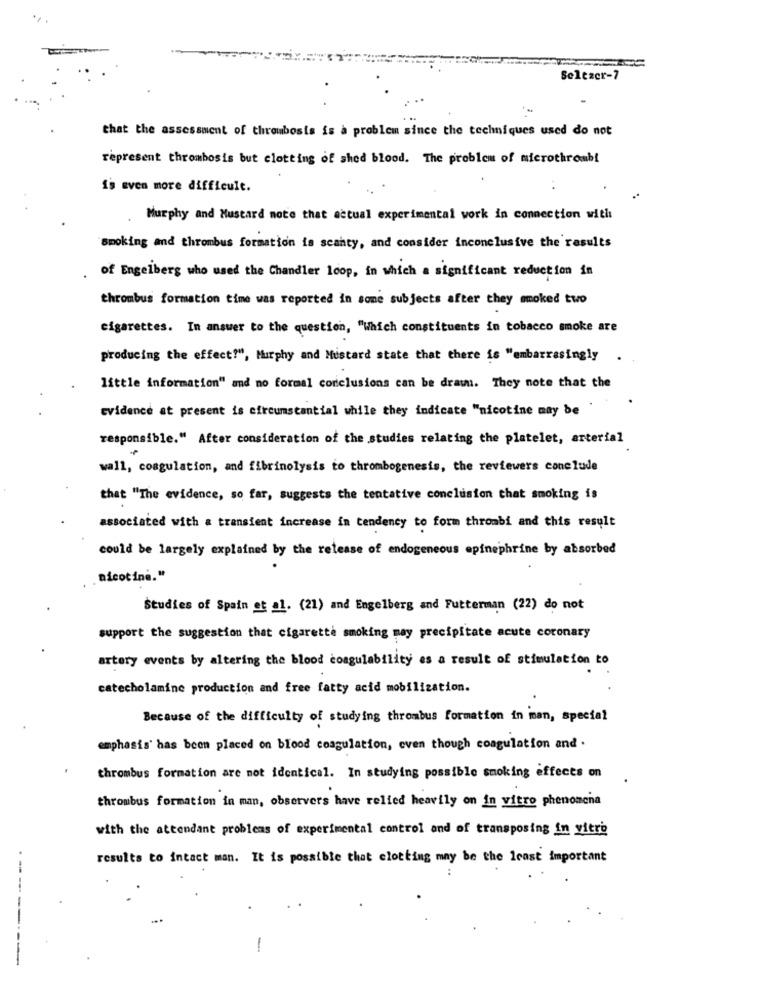
Selezer-7
that the assessment of thrombosis is a problem since the techniques used do not
represent thrombosis but clotting of shed blood. The problem of microthroubi
is even more difficult.
Murphy and Mustard note that actual experimental work in connection with
smoking and thrombus formation is scanty, and consider inconclusive the results
of Engelberg who used the Chandler loop, in which a significant reduction in
thrombus formation time was reported in some subjects after they smoked two
cigarettes. In answer to the question, "Which constituents in tobacco smoke are
producing the effect?", Murphy and Mustard state that there is "embarrasingly
little information" and no formal conclusions can be drawn. They note that the
evidence at present is circumstantial while they indicate "nicotine may be
responsible." After consideration of the studies relating the platelet, arterial
wall, coagulation, and fibrinolysis to thrombogenesis, the reviewers conclude
that "The evidence, so far, suggests the tentative conclusion that smoking is
associated with a transient increase in tendency to form thrombi and this result
could be largely explained by the release of endogeneous epinephrine by absorbed
nicotine."
Studies of Spain et al. (21) and Engelberg and Futterman (22) do not
support the suggestion that cigarette smoking may precipitate acute coronary
artery events by altering the blood coagulability es a result of stimulation to
catecholamine production and free fatty acid mobilization.
Because of the difficulty of studying thrombus formation in mman, special
emphasis has been placed on blood coagulation, even though coagulation and .
thrombus formation are not identical. In studying possible smoking effects on
thrombus formation in man, observers have relied heavily on in vitro phenomena
with the attendant problems of experimental control and of transposing in vitro
results to intact man. It is possible that clotting may be the least important
--------
-